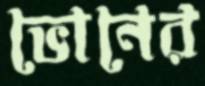
ভোনের